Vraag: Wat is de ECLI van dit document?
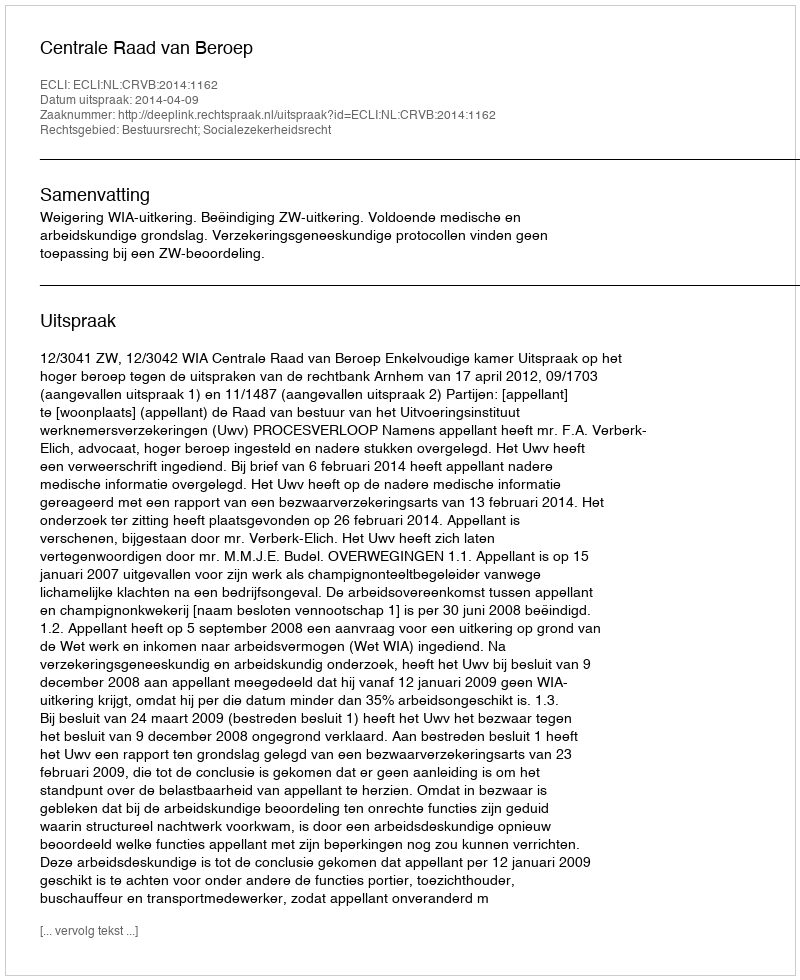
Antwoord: ECLI:NL:CRVB:2014:1162